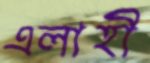
এলাহী